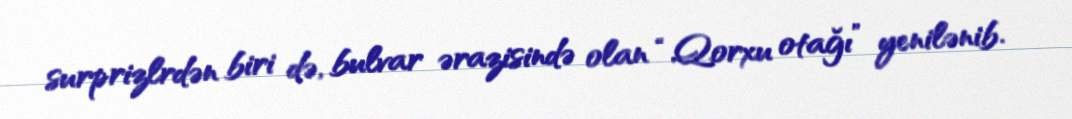
surprizlrdən biri də, bulvar ərazisində olan “Qorxu otağı” yenilənib.